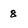
Character: 8